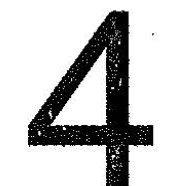
4